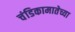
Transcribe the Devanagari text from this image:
चंडिकामातेच्या